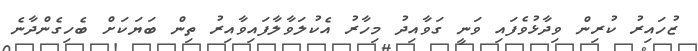
ޒުހައިރު ކުރިން ވިދާޅުވެފައި ވަނީ ގަވާއިދު މިހާރު އެކުލަވާލާފައިވާއިރު ތިން ބަޔަކަށް ބެހިގެންދާނެ